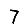
Digit: 7